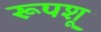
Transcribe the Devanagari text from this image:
रूपशू